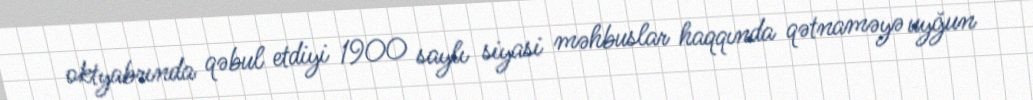
oktyabrında qəbul etdiyi 1900 saylı siyasi məhbuslar haqqında qətnaməyə uyğun